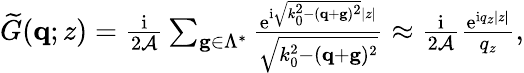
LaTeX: \begin{array}{r}{\widetilde G(\mathbf{q};z)=\frac{\mathrm{i}}{2\mathcal{A}}\sum_{\mathbf g\in\Lambda^{*}}\frac{\mathrm{e}^{\mathrm{i}\sqrt{k_{0}^{2}-(\mathbf{q}+\mathbf g)^{2}}|z|}}{\sqrt{k_{0}^{2}-(\mathbf{q}+\mathbf g)^{2}}}\approx\frac{\mathrm{i}}{2\mathcal{A}}\frac{\mathrm{e}^{\mathrm{i}q_{z}|z|}}{q_{z}},}\end{array}